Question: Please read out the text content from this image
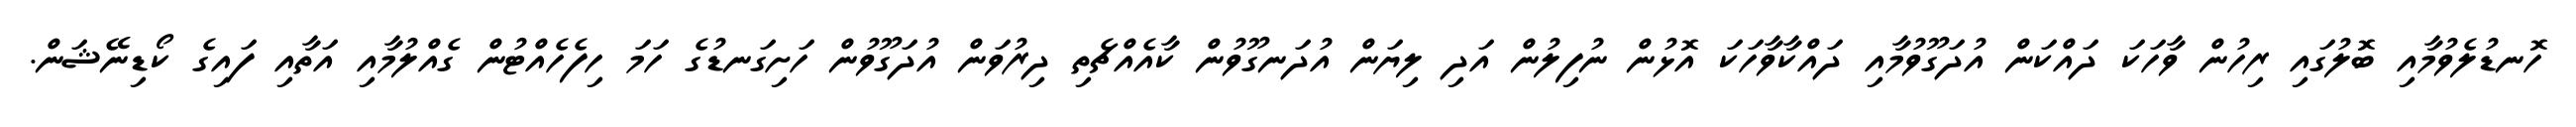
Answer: ހޮނޑުލެވުމާއި ބޮލުގައި ރިހުން ވާހަކަ ދައްކަން އުދަގޫވުމާއި ދައްކާވާހަކަ އޮޅުން ނުފިލުން އަދި ލިޔަން އުދަނގޫވުން ކާއެއްޗެތި ދިރުވަން އުދަގޫވުން ހަށިގަނޑުގެ ހަމަ ހިފެހެއްޓުން ގެއްލުމާއި އަތާއި ފައިގެ ކޯޑިނޭޝަން.